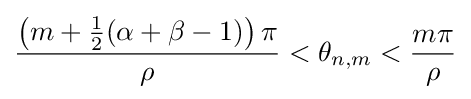
{{\frac {\left(m+{\tfrac {1}{2}}(\alpha +\beta -1)\right)\pi }{\rho }}<\theta _{n,m}<{\frac {m\pi }{\rho }}}